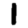
Digit: 1